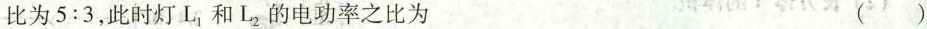
比为5:3，此时灯L_{1}和L_{2}的电功率之比为 ()